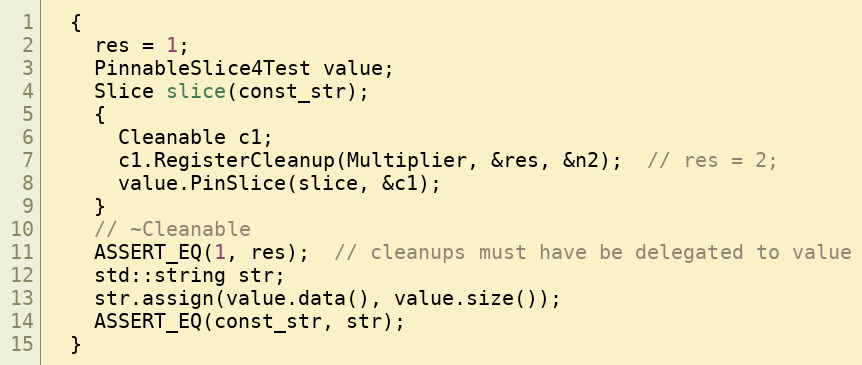
Language: C++
  {
    res = 1;
    PinnableSlice4Test value;
    Slice slice(const_str);
    {
      Cleanable c1;
      c1.RegisterCleanup(Multiplier, &res, &n2);  // res = 2;
      value.PinSlice(slice, &c1);
    }
    // ~Cleanable
    ASSERT_EQ(1, res);  // cleanups must have be delegated to value
    std::string str;
    str.assign(value.data(), value.size());
    ASSERT_EQ(const_str, str);
  }